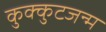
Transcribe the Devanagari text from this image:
कुक्कुटजन्म